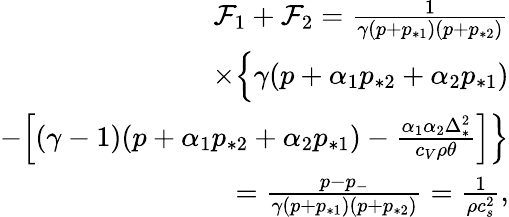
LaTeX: \begin{array}{r}{\mathcal{F}_{1}+\mathcal{F}_{2}=\frac{1}{\gamma(p+p_{*1})(p+p_{*2})}}\\ {\times\Big\{ \gamma(p+\alpha_{1}p_{*2}+\alpha_{2}p_{*1})}\\ {-\Big[(\gamma-1)(p+\alpha_{1}p_{*2}+\alpha_{2}p_{*1})-\frac{\alpha_{1}\alpha_{2}\Delta_{*}^{2}}{c_{V}\rho\theta}\Big]\Big\} }\\ {=\frac{p-p_{-}}{\gamma(p+p_{*1})(p+p_{*2})}=\frac{1}{\rho c_{s}^{2}},}\end{array}